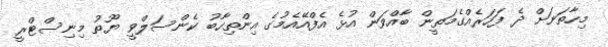
މިހާތަނަށް ދެ ފަހަރެއްގެމަތީން ބާއްވަން އުޅެ އެފްއޭއެމުގެ އިންތިހާބު ކެންސަލްވީ ޔޫތު މިނިސްޓްރީ